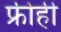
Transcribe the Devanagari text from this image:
फ्रीही